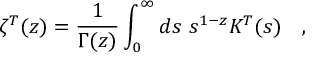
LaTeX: \zeta ^ { T } ( z ) = { \frac { 1 } { \Gamma ( z ) } } \int _ { 0 } ^ { \infty } d s ~ s ^ { 1 - z } K ^ { T } ( s ) ~ ~ ~ ,